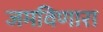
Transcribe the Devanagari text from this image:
जमविणारा